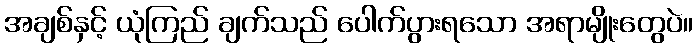
အချစ်နှင့် ယုံကြည် ချက်သည် ပေါက်ပွားရသော အရာမျိုးတွေပဲ။